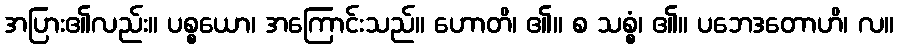
အပြား၏လည်း။ ပစ္စယော၊ အကြောင်းသည်။ ဟောတိ၊ ၏။ စ သစ္စံ၊ ၏။ ပဘေဒတောဟိ၊ လ။